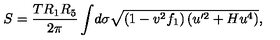
S = \frac { T R _ { 1 } R _ { 5 } } { 2 \pi } \int \! d \sigma \sqrt { ( 1 - v ^ { 2 } f _ { 1 } ) \left( u ^ { \prime 2 } + H u ^ { 4 } \right) } ,